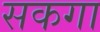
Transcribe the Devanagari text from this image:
सकगा